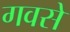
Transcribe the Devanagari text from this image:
गवसे